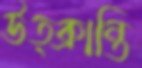
উত্ক্রান্তি